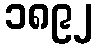
၁၈၉၂